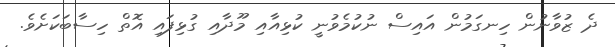
ދެ ޒުވާނުން ހިނގަމުން އައިސް ނުކުމެވުނީ ކުޅިއާއި މޫދާއި ގުޅިފައި އޮތް ހިސާބަކަށެވެ.